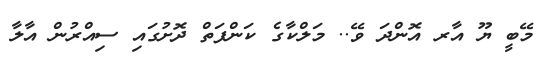
މޭބީ ޔޫ އާރ އޮންދަ ވޭ.. މަލްކާގެ ކަންފަތް ދޮށުގައި ސިއްރުން އާލާ